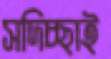
সদিচ্ছাই